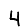
Digit: 4